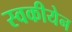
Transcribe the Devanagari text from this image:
स्वकीयेन